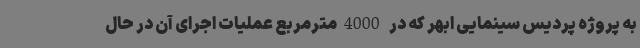
به پروژه پردیس سینمایی ابهر که در 4000مترمربع عملیات اجرای آن در حال